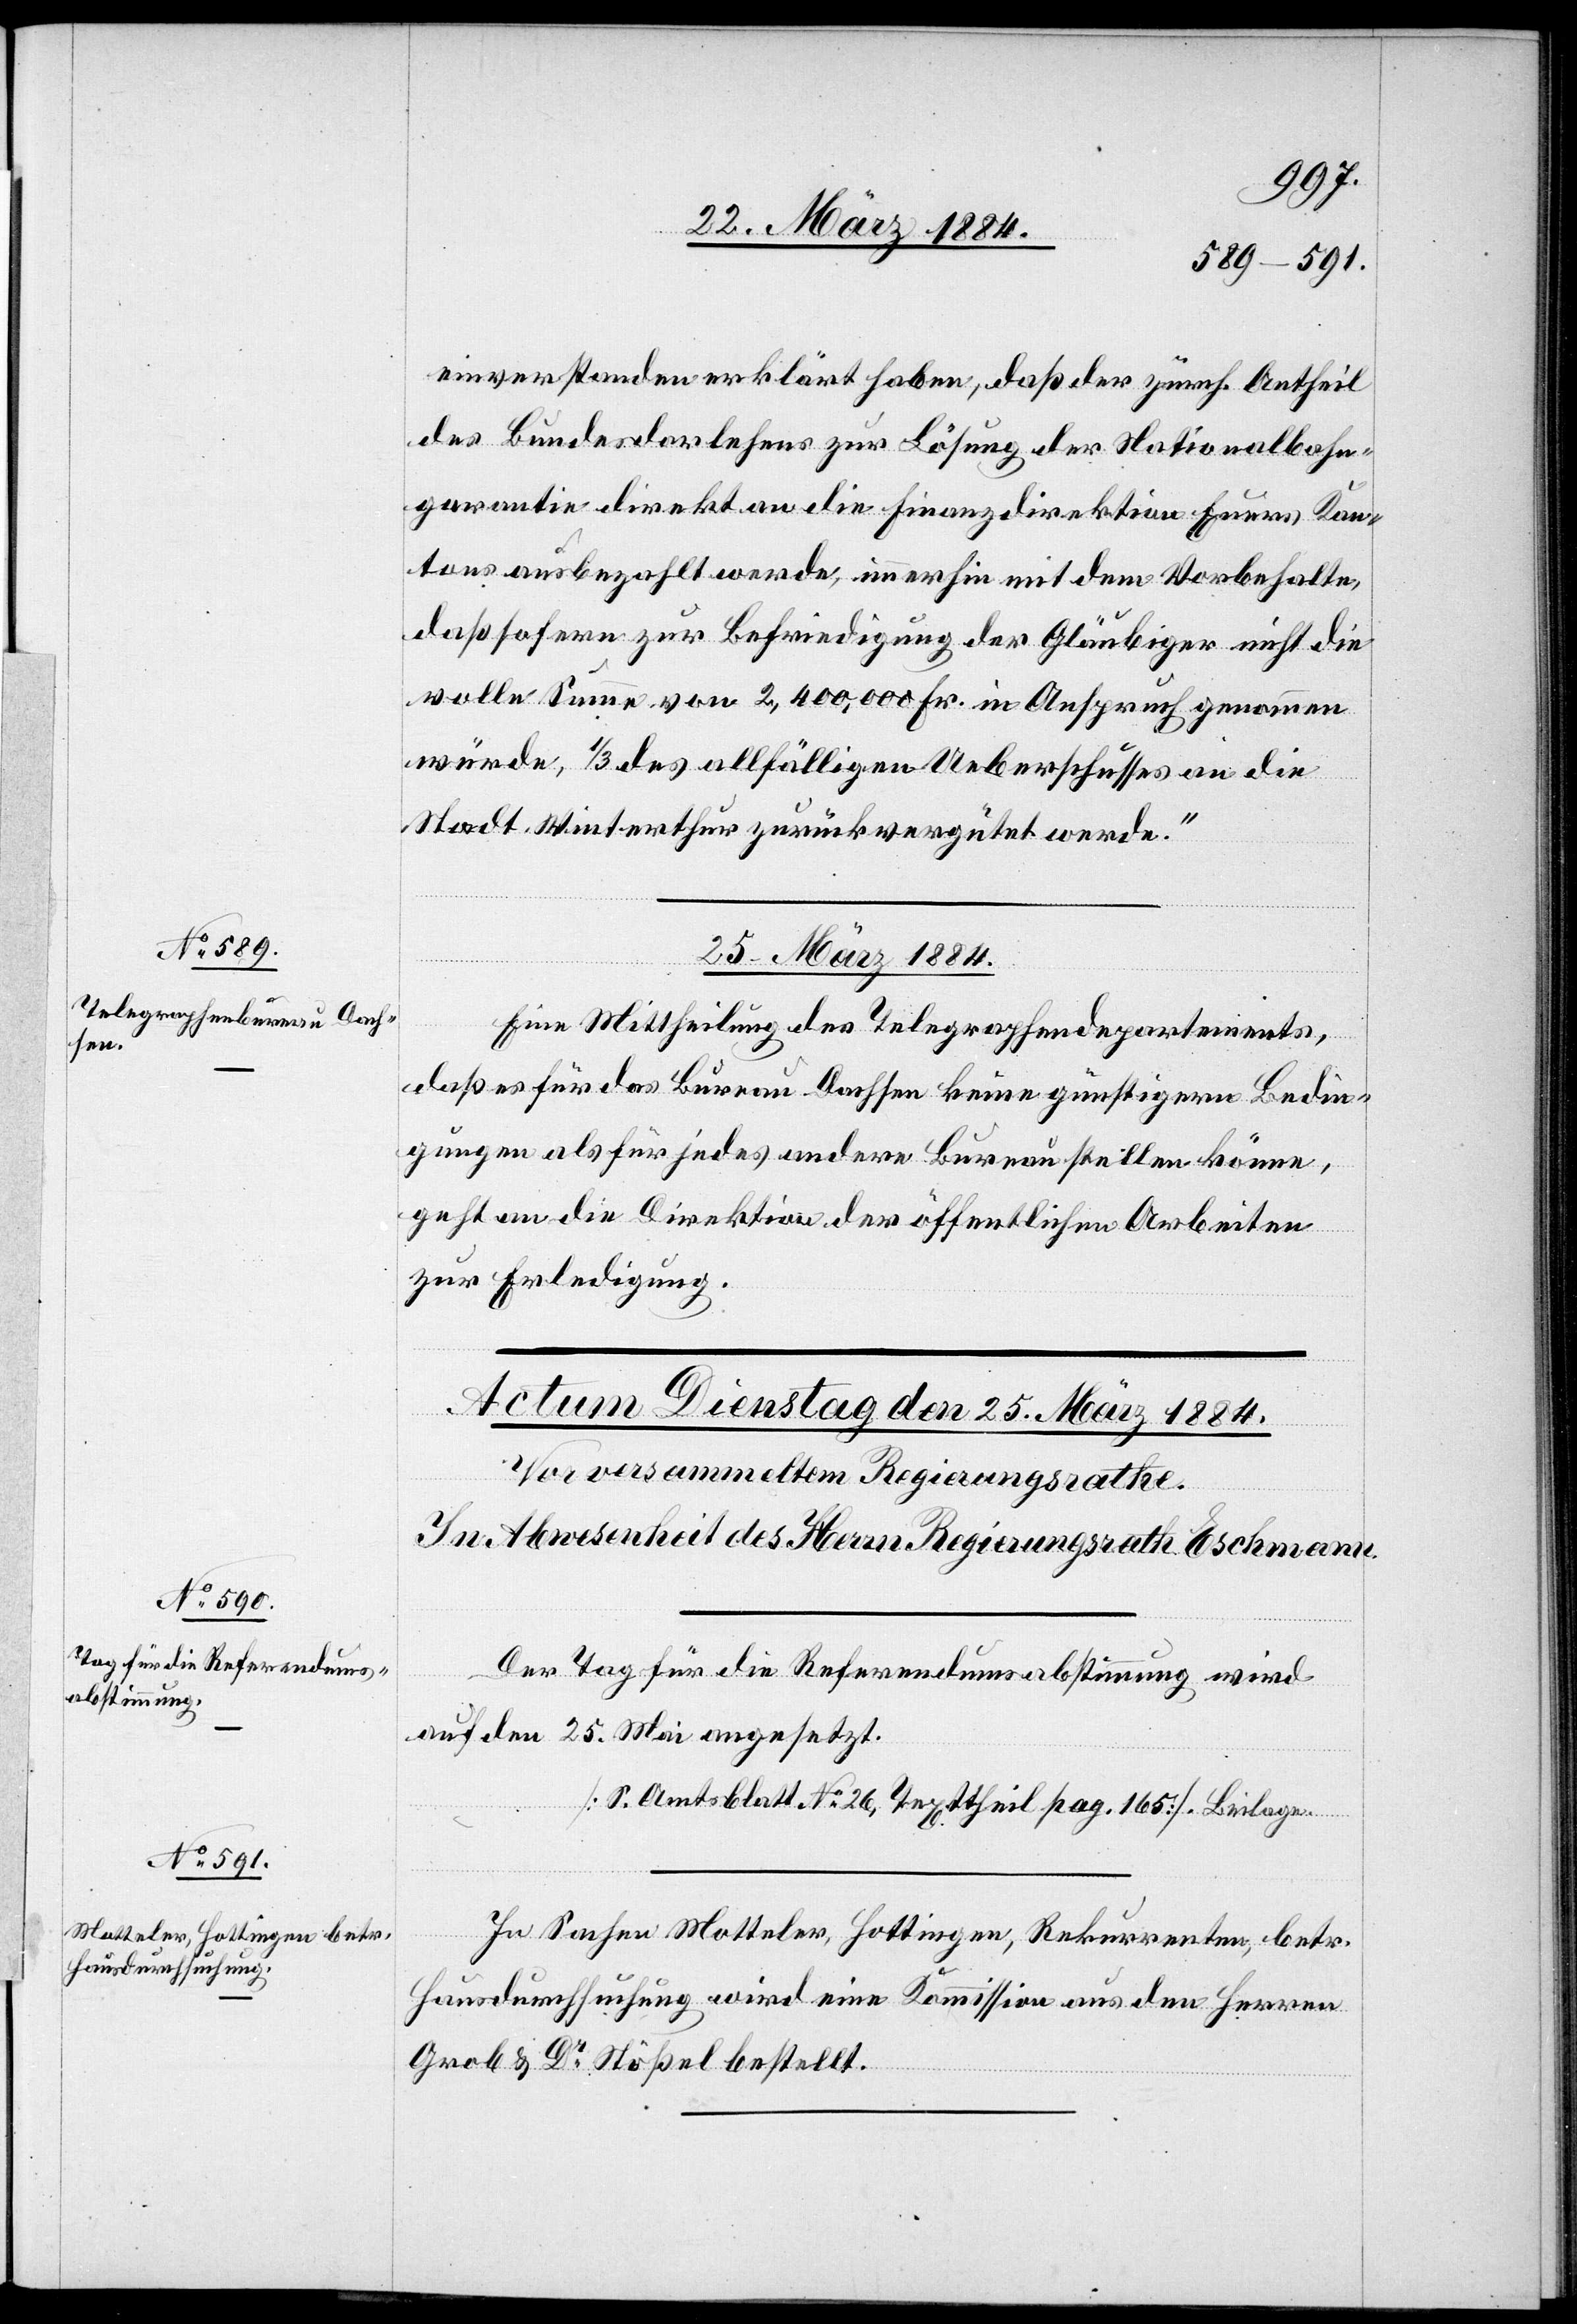
einverstanden erklärt haben, daß der zürch. Antheil
des Bundesdarlehens zur Lösung der Nationalbahn¬
garantie direkt an die Finanzdirektion Euers Kan¬
tons ausbezahlt werde, immerhin mit dem Vorbehalte,
daß sofern zur Befriedigung der Gläubiger nicht die
volle Summe von 2,400,000 Fr. in Anspruch genommen
würde, 1/3 des allfälligen Ueberschusses an die
Stadt Winterthur zurückvergütet werde.“
25. März 1884.
Eine Mittheilung des Telegraphendepartements,
daß es für das Bureau Dachsen keine günstigern Bedin¬
gungen als für jedes andere Bureau stellen könne,
geht an die Direktion der öffentlichen Arbeiten
zur Erledigung.
Der Tag für die Referendumsabstimmung wird
auf den 25. Mai angesetzt.
[S. Amtsblatt No 26, Textheil pag. 165]. Beilage.
In Sachen Motteler, Hottingen, Rekurrenten, betr.
Hausdurchsuchung wird eine Kommission aus den Herren
Grob & Dr Stößel bestellt.